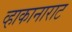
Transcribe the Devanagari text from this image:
व्हाकानाराट